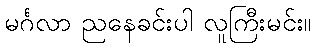
မင်္ဂလာ ညနေခင်းပါ လူကြီးမင်း။